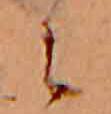
に